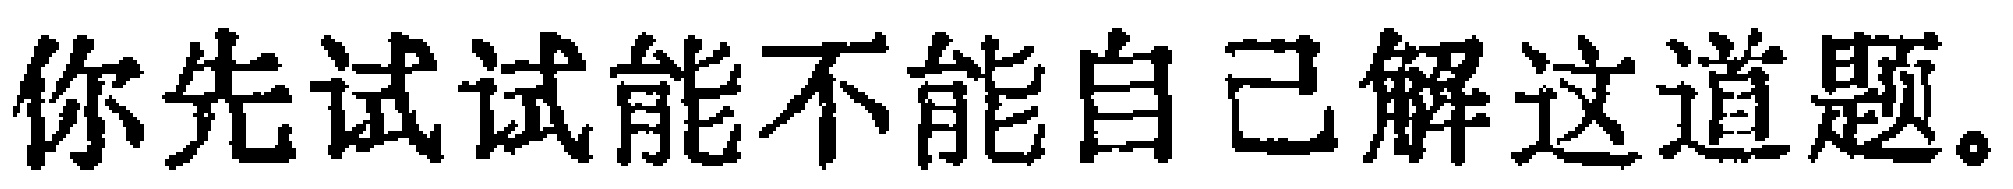
你先试试能不能自己解这道题。